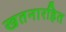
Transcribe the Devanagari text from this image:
खतनारहित